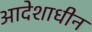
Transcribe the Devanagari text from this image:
आदेशाधीन